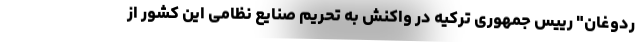
ردوغان" رییس جمهوری ترکیه در واکنش به تحریم صنایع نظامی این کشور از